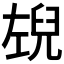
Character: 𭘉